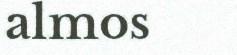
almos